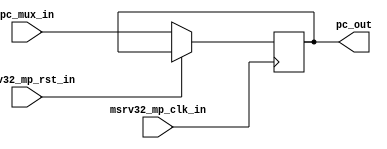
`timescale 1ns / 1ps


module msrv32_reg_block_1(
input [31:0]pc_mux_in,
input msrv32_mp_clk_in, msrv32_mp_rst_in,
output reg [31:0]pc_out     //to reg_block_2, immediate_adder & pc_mux
    );
    
    always@(posedge msrv32_mp_clk_in )//, msrv32_mp_rst_in
    
    if(!msrv32_mp_rst_in)
        pc_out <= pc_mux_in;
    
    else
        pc_out <= pc_out;
        
endmodule